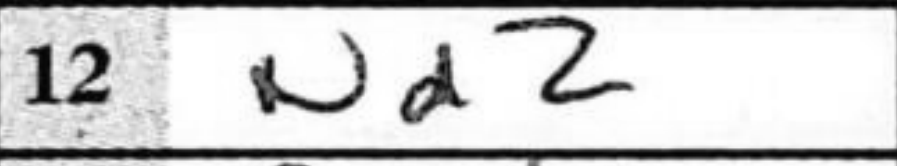
Transcription: Nd2